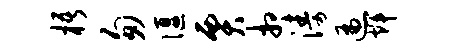
梧匆偃贾相涛遍辉